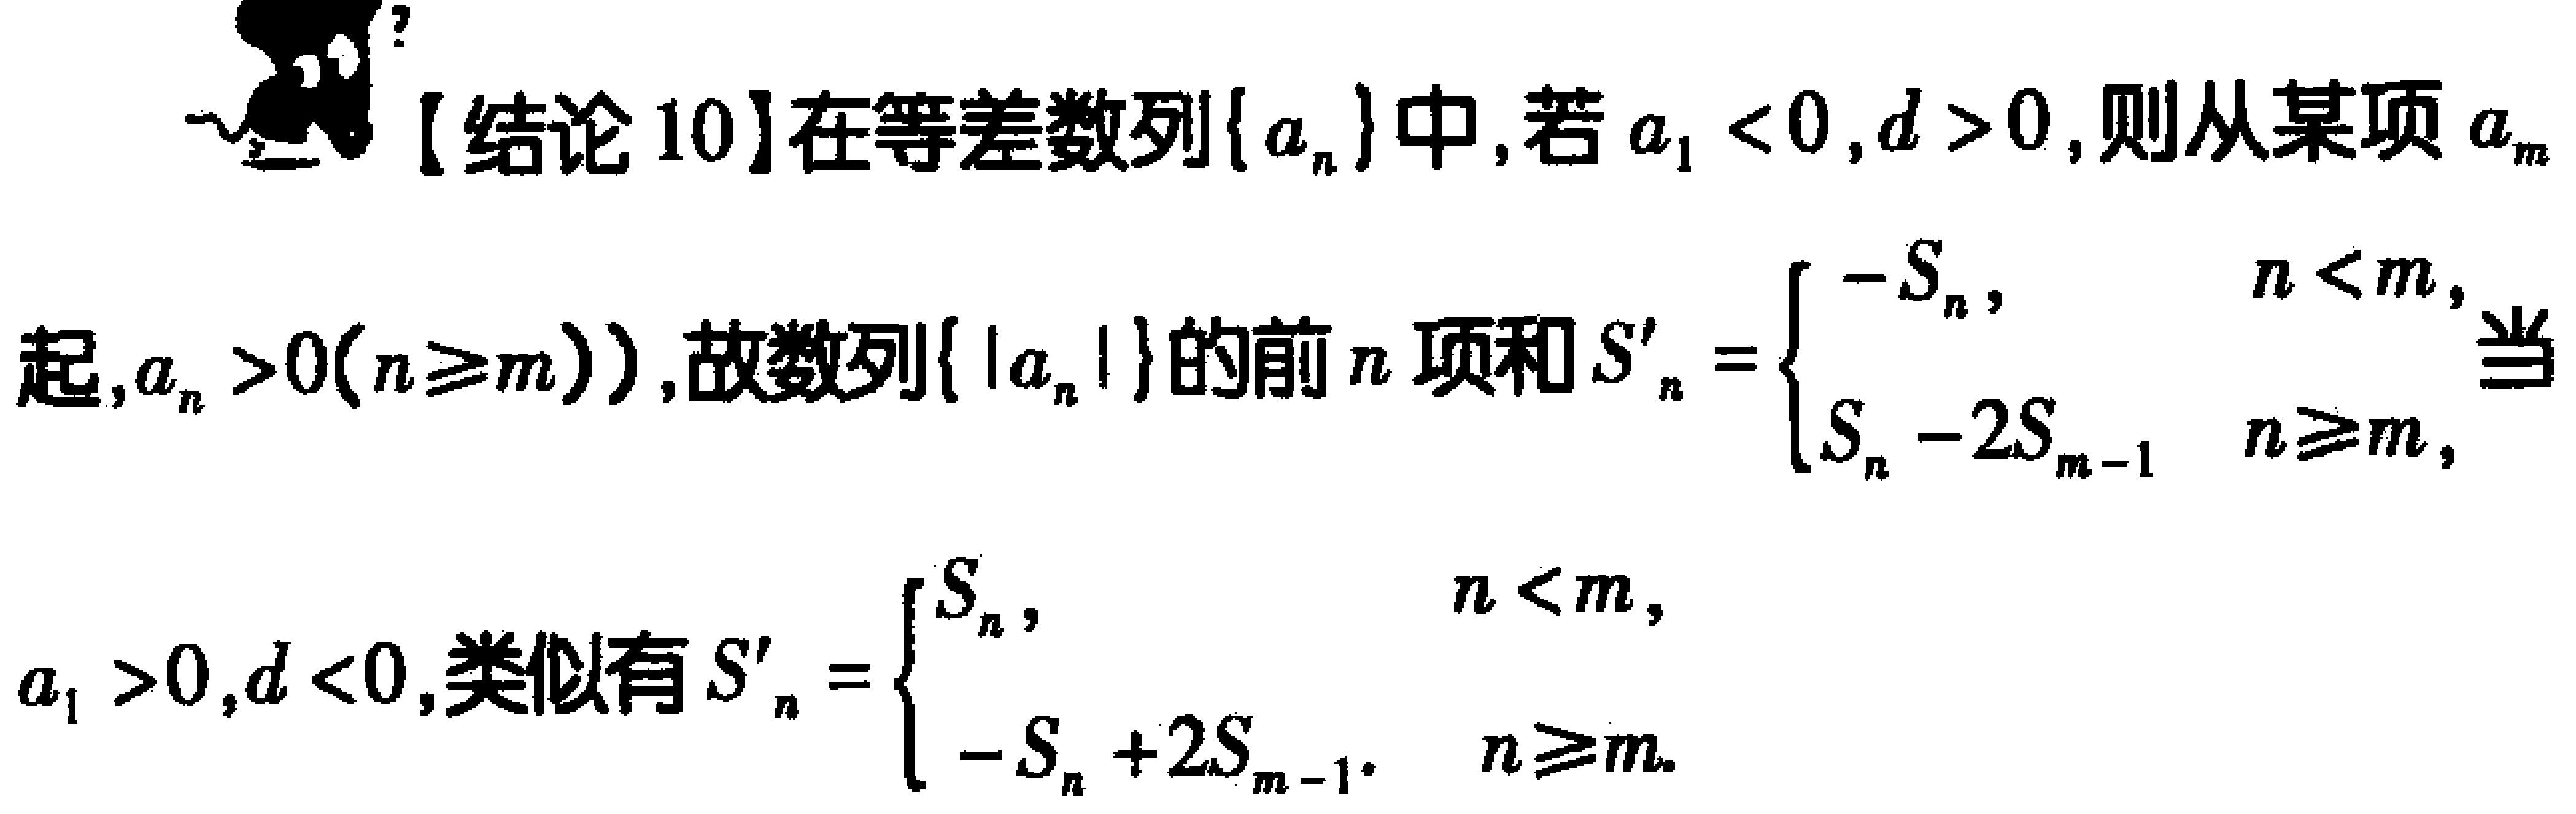
【结论 10】在等差数列\(\{ a_{n}\}\)中，若\(a_{1}<0,d > 0\)，则从某项\(a_{m}\)起，\(a_{n}>0(n\geqslant m))\)，故数列\(\{ |a_{n}|\}\)的前\(n\)项和\(S_{n}'=\begin{cases}-S_{n},&n < m,\\S_{n}-2S_{m - 1}&n\geqslant m,\end{cases}\)当\(a_{1}>0,d < 0\)，类似有\(S_{n}'=\begin{cases}S_{n},&n < m,\\-S_{n}+2S_{m - 1}&n\geqslant m.\end{cases}\)